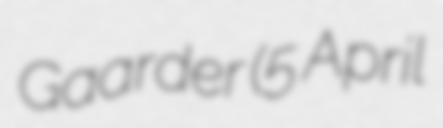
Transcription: Gaarder (5 April